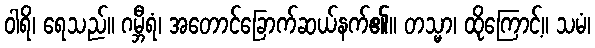
ဝါရိ၊ ရေသည်။ ဂမ္ဘီရံ၊ အတောင်ခြောက်ဆယ်နက်၏။ တသ္မာ၊ ထိုကြောင့်။ သမံ၊